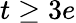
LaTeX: t\ge 3e